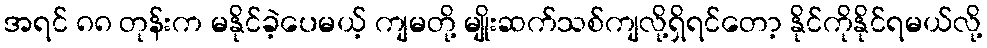
အရင် ၈၈ တုန်းက မနိုင်ခဲ့ပေမယ့် ကျမတို့ မျိုးဆက်သစ်ကျလို့ရှိရင်တော့ နိုင်ကိုနိုင်ရမယ်လို့